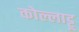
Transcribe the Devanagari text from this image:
कोल्लाट्टू